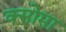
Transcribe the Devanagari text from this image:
क्सोमा